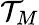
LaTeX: \mathcal{T}_{M}